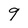
Character: 9